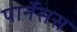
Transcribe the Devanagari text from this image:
पार्नेसस